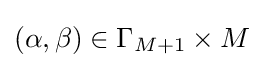
(\alpha ,\beta )\in \Gamma _{M+1}\times M